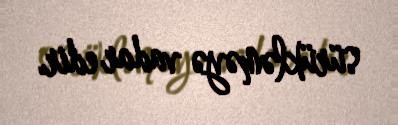
sürükləməyə vadar edir.